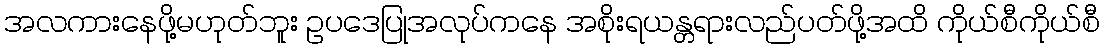
အလကားနေဖို့မဟုတ်ဘူး ဥပဒေပြုအလုပ်ကနေ အစိုးရယန္တရားလည်ပတ်ဖို့အထိ ကိုယ်စီကိုယ်စီ